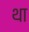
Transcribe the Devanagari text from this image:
था